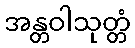
အန္တဝါသုတ္တံ